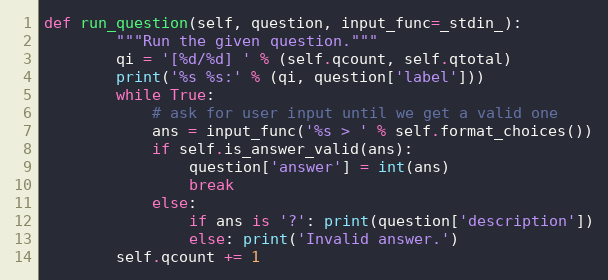
Language: Python
def run_question(self, question, input_func=_stdin_):
        """Run the given question."""
        qi = '[%d/%d] ' % (self.qcount, self.qtotal)
        print('%s %s:' % (qi, question['label']))
        while True:
            # ask for user input until we get a valid one
            ans = input_func('%s > ' % self.format_choices())
            if self.is_answer_valid(ans):
                question['answer'] = int(ans)
                break
            else:
                if ans is '?': print(question['description'])
                else: print('Invalid answer.')
        self.qcount += 1